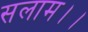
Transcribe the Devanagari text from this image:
सलाम।।